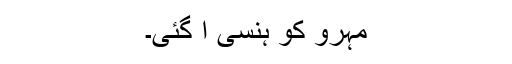
مہرو کو ہنسی آ گئی۔